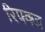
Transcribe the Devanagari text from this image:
रिफ्क्ज